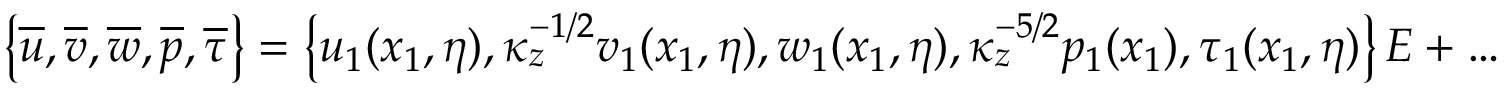
\left\{ \overline { { u } } , \overline { { v } } , \overline { { w } } , \overline { { p } } , \overline { { \tau } } \right\} = \left\{ u _ { 1 } ( x _ { 1 } , \eta ) , \kappa _ { z } ^ { - 1 / 2 } v _ { 1 } ( x _ { 1 } , \eta ) , w _ { 1 } ( x _ { 1 } , \eta ) , \kappa _ { z } ^ { - 5 / 2 } p _ { 1 } ( x _ { 1 } ) , \tau _ { 1 } ( x _ { 1 } , \eta ) \right\} E + \ldots